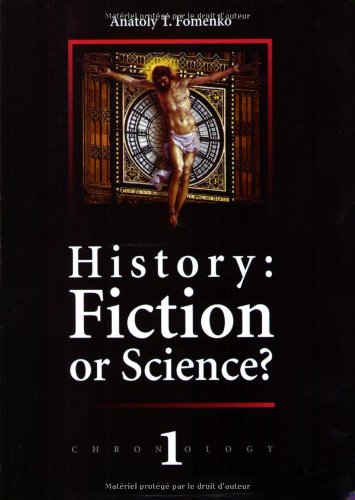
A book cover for History: Fiction or Science? (Chronology, No. 1); Anatoly Fomenko; Biographies & Memoirs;